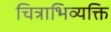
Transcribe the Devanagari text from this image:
चित्राभिव्यक्ति